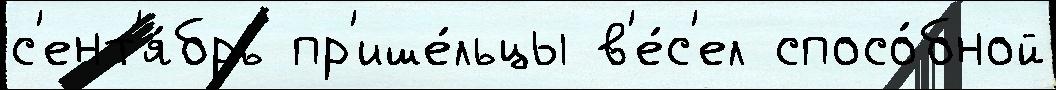
с'ент'я́брь пр'ише́льцы в'е́с'ел спосо́бной